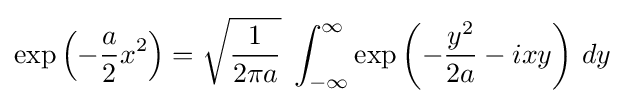
\exp \left(-{\frac {a}{2}}x^{2}\right)={\sqrt {\frac {1}{2\pi a}}}\;\int _{-\infty }^{\infty }\exp \left(-{\frac {y^{2}}{2a}}-ixy\right)\,dy